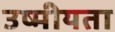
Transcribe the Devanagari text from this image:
उष्मीयता